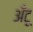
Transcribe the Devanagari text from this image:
अँटू